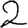
Digit: 2